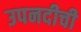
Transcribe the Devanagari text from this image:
उपनदीची